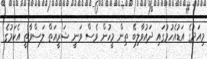
މިއަދުގެ އަޑުއެހުމުގައި ދައުވާލިބޭ ތިން މީހުން ވެސް ވަނީ ޝަރީއަތް ލަސްވާތީ އެކަމުގެ